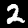
Digit: 2